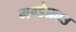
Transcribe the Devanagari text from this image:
मग्डेफ्राउ